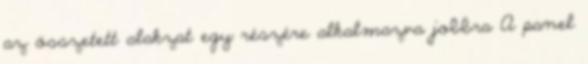
az összetett alakzat egy részére alkalmazva jobbra A panel